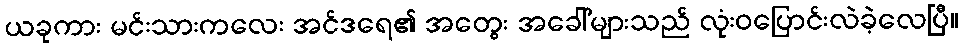
ယခုကား မင်းသားကလေး အင်ဒရေ၏ အတွေး အခေါ်များသည် လုံးဝပြောင်းလဲခဲ့လေပြီ။